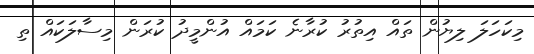
މިކަހަލަ ލިޔުން ތައް އިތުރު ކުރާނެ ކަމައް އުންމީދު ކުރަން މިސާލަކައް ތި